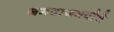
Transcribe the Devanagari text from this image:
जमवाजमवीचे